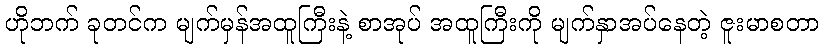
ဟိုဘက် ခုတင်က မျက်မှန်အထူကြီးနဲ့ စာအုပ် အထူကြီးကို မျက်နှာအပ်နေတဲ့ ဇူးမာစတာ